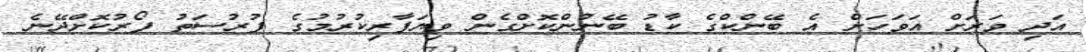
އަދި ވަރަށް އަވަހަށް އެ ބޭންކްގެ ކާޑު ބޭނުންކޮށްގެން ވިޔަފާރިކުރުމުގެ ފުރުސަތު ފޯރުކޮށްދޭނެ